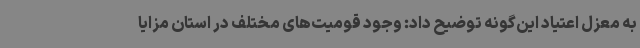
به معزل اعتیاد این‌گونه توضیح داد: وجود قومیت‌های مختلف در استان مزایا